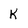
Character: K